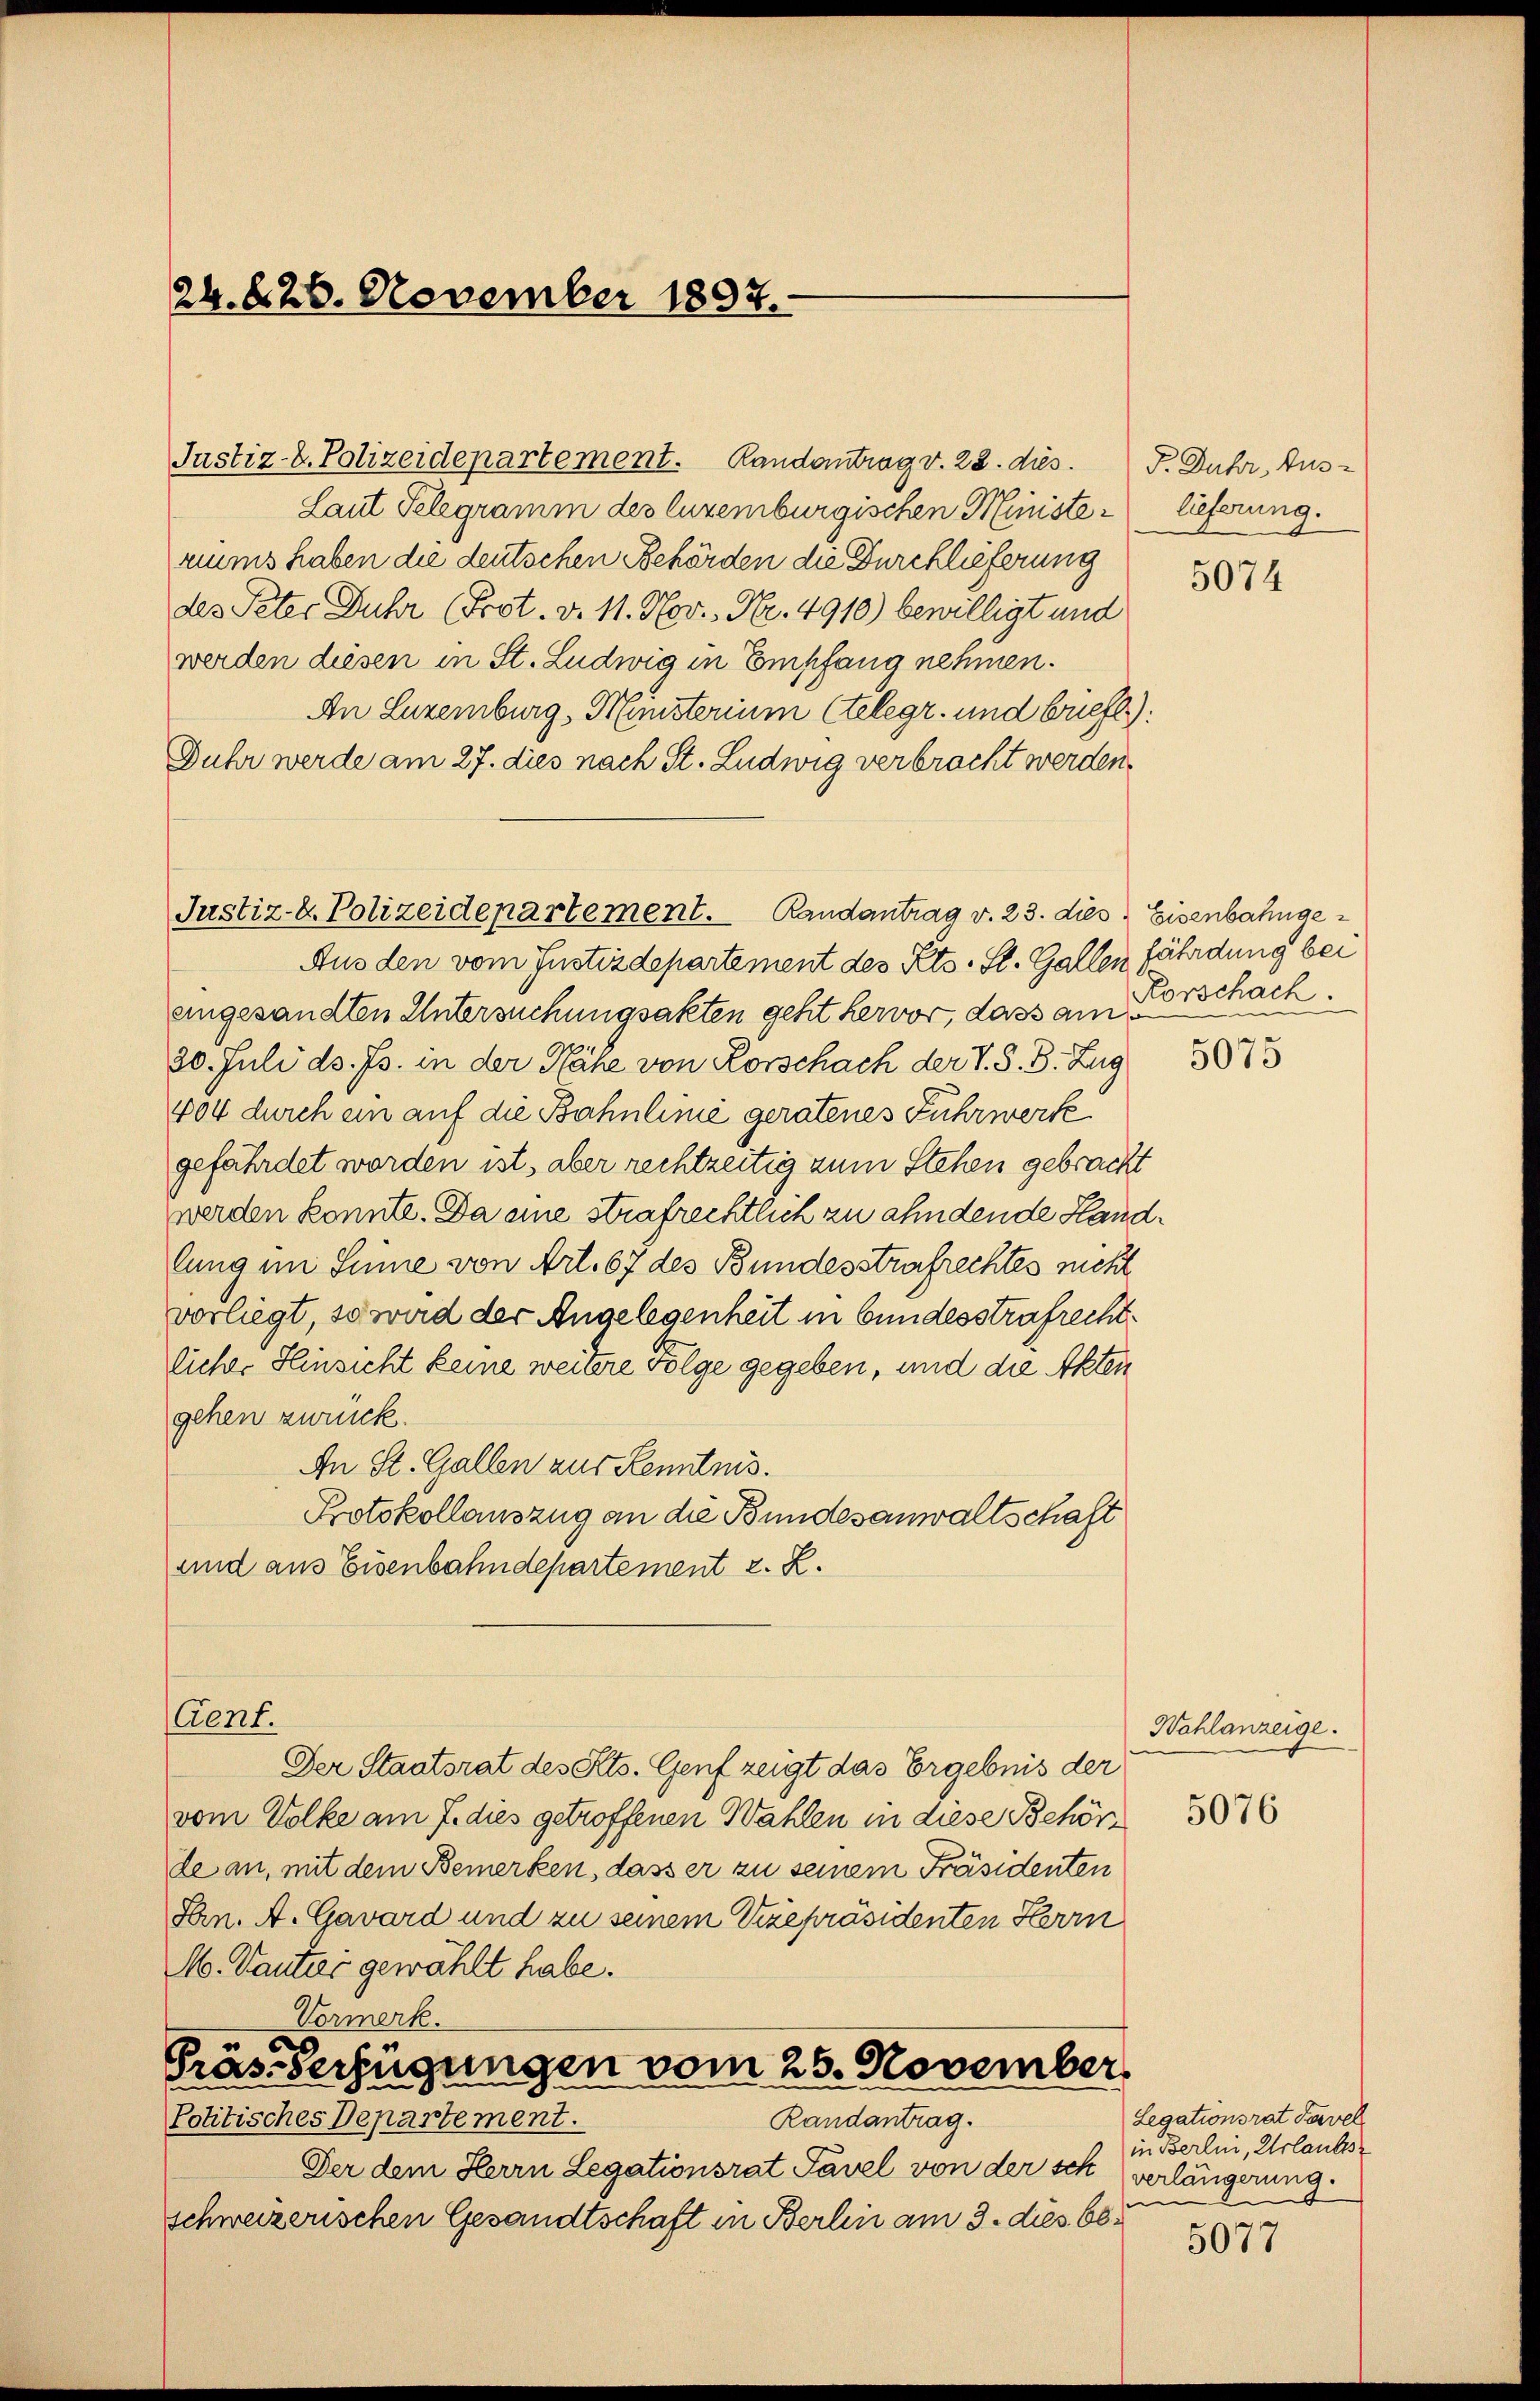
24. 826. November 1897.

Justiz-V. Polizeidepartement. Randantrag v. 22. dies. F. Fuhr, Aus-
Laut Telegramm des luzenburgischen Ministerims haben die deutschen Behörden die Durchlieferung
des Peter Duhr (Prot. v. 11. Nov., Nr. 4910) bewilligt und
werden diesen in St. Ludwig in Empfang nehmen.
An Luzemburg, Ministerium telegr. und brieft):
Duhr werde am 27. dies nach St. Ludwig verbracht werden.
Justiz-k. Polizeidepartement. Randantrag v. 23. dies Eisenbahnge
Aus den vom Justizdepartement des Kts. St. Gallen fährdung bei
angesandten Untersuchungsakten geht hervor, dass am Vorschach
20. Juli d. Js. in der Nähe von Korschach der V. S. B. Zug
404 durch ein auf die Bahnlinie geratenes Fuhrwerke
gefährdet worden ist, aber rechtzeitig zum Stehen gebracht
werden konnte. Da eine strafrechtlich zu ahndende Handlung im Sinne von Art. 67 des Bundesstrafrechtes nicht
vorliegt, so wird der Angelegenheit in bundesstrafrecht.
licher Hinsicht keine weitere Folge gegeben, und die Akten
gehen zurück.
An St. Gallen aus Kenntnis.
Protokollauszug an die Bundesanwaltschaft
und aus Eisenbahndepartement z. Z.
Aent.
Der Staatsrat des Kts. Genf zeigt das Ergebnis der
vom Volke am 7. dies getroffenen Wahlen in diese Behörde an, mit dem Bemerken, dass er zu seinem Präsidenten
Pen. A. Gavard und zu seinem Vizepräsidenten Herrn
M. Vantier gewählt habe.
Vormerk.
a

Präs-Verfügungen vom 25. November
Randantrag.
Politisches Departement.

Der dem Herrn Legationsrat Tavel von der sch
schweizerischen Gesandtschaft in Berlin am 3. dies 66

lieferung.

5074

5075

Wahlanzeige.

5076

Legationsrat Tavel
in Berlin, Urlaubes
verlängerung.
d

5077